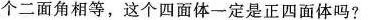
个二面角相等，这个四面体一定是正四面体吗?